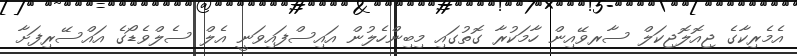
އެމެރިކާގެ ޖިއޮލޮޖިކަލް ސާރވޭއިން ހާމަކުރާ ގޮތުގައި މިބިންހެލުން އައިސްފައިވަނީ އެލް ސެލްވެޑޯގެ އައްސޭރިފަށާ